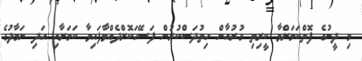
މި ދީނުގެ ފޮތްކަމަށްވާ ކީރިތި ގުރުއާން ހިތުދަސްކުރުން ފަސޭހަކޮށްދެއްވާފައިވާ ކަމަށާއި އަދި ނަމާދުގެ